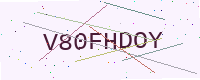
Text: V80FHDOY